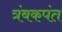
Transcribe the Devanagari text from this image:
त्रंबकपंत